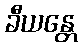
ခီယန္တေ